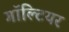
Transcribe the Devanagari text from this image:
गॉल्टियर